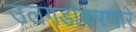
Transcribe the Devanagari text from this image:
उलगडाकरणारे